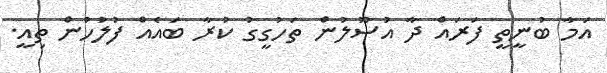
އަމާ ބުނީތީ ފަރައް ދާ އުސޫލުން ތަހުގީގު ކުރާ ބައެއް ފުލުހުން ތިއީ.